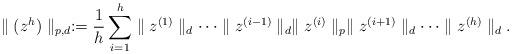
LaTeX: \begin{align*}\parallel (z^{h})\parallel_{p,d}:=\frac{1}{h}\sum_{i=1}^{h}\parallel z^{(1)}\parallel_d\cdots\parallel z^{(i-1)}\parallel_d\parallel z^{(i)}\parallel_p\parallel z^{(i+1)}\parallel_d\cdots\parallel z^{(h)}\parallel_d.\end{align*}